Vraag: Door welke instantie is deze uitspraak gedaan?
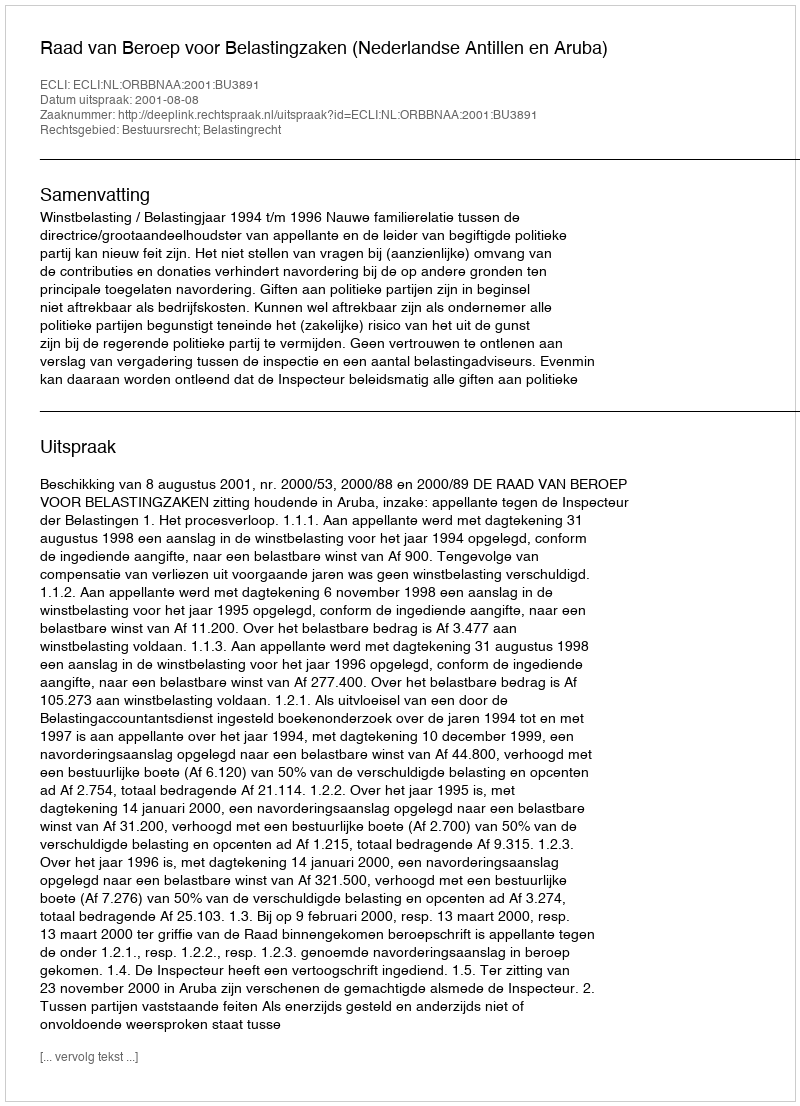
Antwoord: Raad van Beroep voor Belastingzaken (Nederlandse Antillen en Aruba)